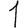
Digit: 1